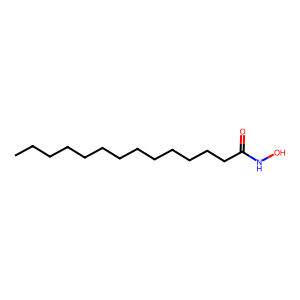
SMILES: CCCCCCCCCCCCCC(=O)NO
Inhibits HIV replication: No